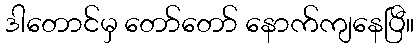
ဒါတောင်မှ တော်တော် နောက်ကျနေပြီ။